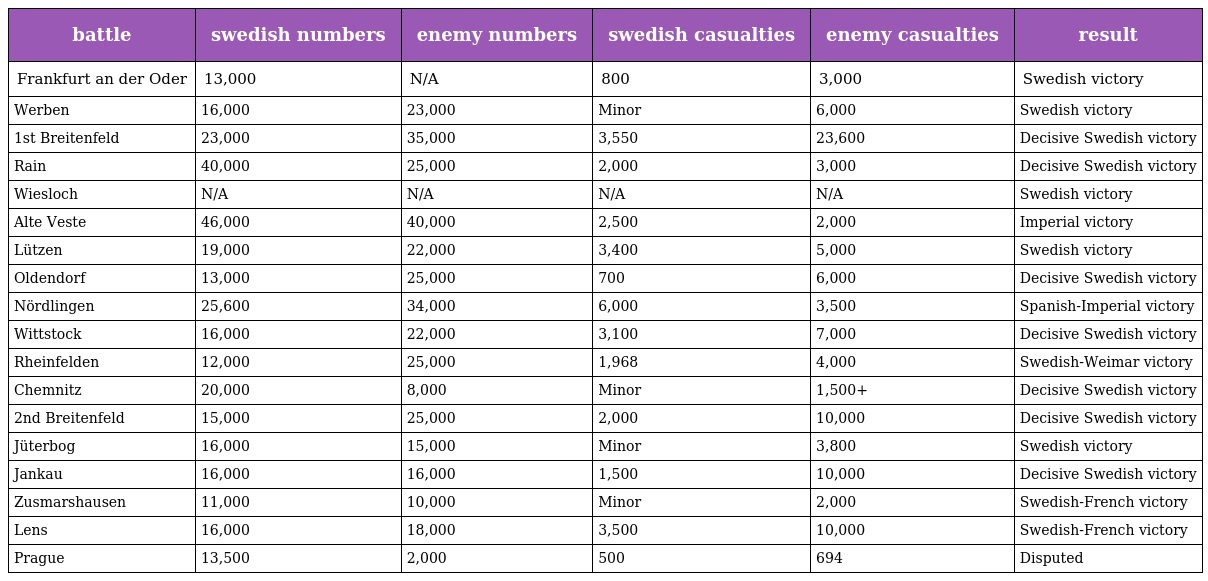
| battle | swedish numbers | enemy numbers | swedish casualties | enemy casualties | result |
 | --- | --- | --- | --- | --- | --- |
 | Frankfurt an der Oder | 13,000 | N/A | 800 | 3,000 | Swedish victory |
 | Werben | 16,000 | 23,000 | Minor | 6,000 | Swedish victory |
 | 1st Breitenfeld | 23,000 | 35,000 | 3,550 | 23,600 | Decisive Swedish victory |
 | Rain | 40,000 | 25,000 | 2,000 | 3,000 | Decisive Swedish victory |
 | Wiesloch | N/A | N/A | N/A | N/A | Swedish victory |
 | Alte Veste | 46,000 | 40,000 | 2,500 | 2,000 | Imperial victory |
 | Lützen | 19,000 | 22,000 | 3,400 | 5,000 | Swedish victory |
 | Oldendorf | 13,000 | 25,000 | 700 | 6,000 | Decisive Swedish victory |
 | Nördlingen | 25,600 | 34,000 | 6,000 | 3,500 | Spanish-Imperial victory |
 | Wittstock | 16,000 | 22,000 | 3,100 | 7,000 | Decisive Swedish victory |
 | Rheinfelden | 12,000 | 25,000 | 1,968 | 4,000 | Swedish-Weimar victory |
 | Chemnitz | 20,000 | 8,000 | Minor | 1,500+ | Decisive Swedish victory |
 | 2nd Breitenfeld | 15,000 | 25,000 | 2,000 | 10,000 | Decisive Swedish victory |
 | Jüterbog | 16,000 | 15,000 | Minor | 3,800 | Swedish victory |
 | Jankau | 16,000 | 16,000 | 1,500 | 10,000 | Decisive Swedish victory |
 | Zusmarshausen | 11,000 | 10,000 | Minor | 2,000 | Swedish-French victory |
 | Lens | 16,000 | 18,000 | 3,500 | 10,000 | Swedish-French victory |
 | Prague | 13,500 | 2,000 | 500 | 694 | Disputed |